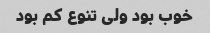
خوب بود ولی تنوع کم بود